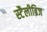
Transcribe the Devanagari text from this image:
स्टैलीब्रिज